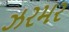
ઝરમર